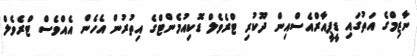
ނާޒިމްގެ އަތުގައި ޑީޕީއާރްއެސްއިން ދޫކުރި ޓްރެވެލް ޑޮކިއުމެންޓްގެ އިތުރުން އެހެން އެއްވެސް ޓްރެވެލް